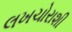
લખચોરાશી